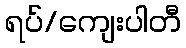
ရပ်/ကျေးပါတီ